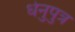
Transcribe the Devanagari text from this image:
धेनुपुत्र